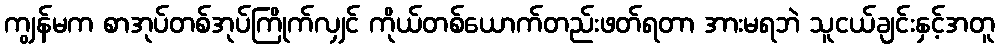
ကျွန်မက စာအုပ်တစ်အုပ်ကြိုက်လျှင် ကိုယ်တစ်ယောက်တည်းဖတ်ရတာ အားမရဘဲ သူငယ်ချင်းနှင့်အတူ